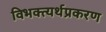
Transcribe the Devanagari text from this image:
विभक्त्यर्थप्रकरण